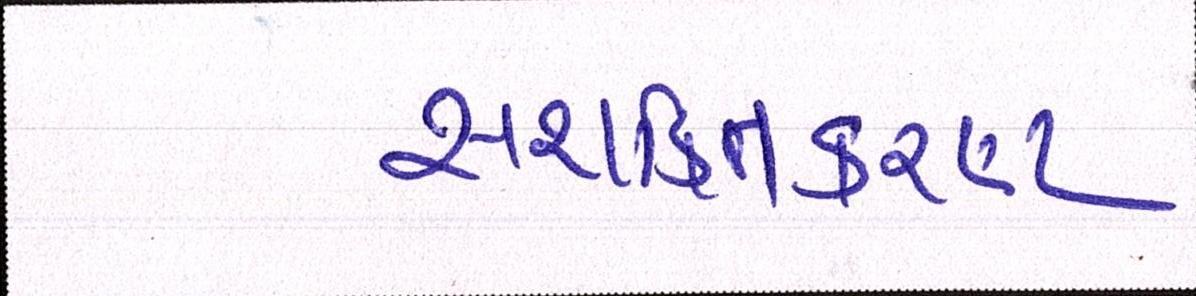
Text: સશક્તિકરણ